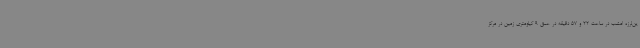
ین‌لرزه امشب در ساعت 22 و 57 دقیقه در عمق 9 کیلومتری زمین در مرکز